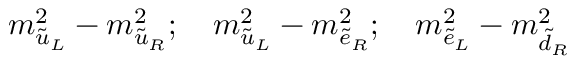
m _ { \tilde { u } _ { L } } ^ { 2 } - m _ { \tilde { u } _ { R } } ^ { 2 } ; \quad m _ { \tilde { u } _ { L } } ^ { 2 } - m _ { \tilde { e } _ { R } } ^ { 2 } ; \quad m _ { \tilde { e } _ { L } } ^ { 2 } - m _ { \tilde { d } _ { R } } ^ { 2 }